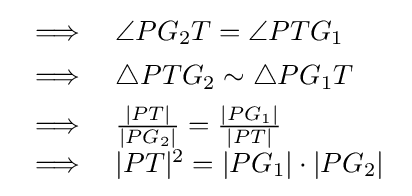
{\begin{array}{cl}\implies &\angle PG_{2}T=\angle PTG_{1}\\[4pt]\implies &\triangle PTG_{2}\sim \triangle PG_{1}T\\[4pt]\implies &{\frac {|PT|}{|PG_{2}|}}={\frac {|PG_{1}|}{|PT|}}\\[2pt]\implies &|PT|^{2}=|PG_{1}|\cdot |PG_{2}|\end{array}}